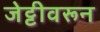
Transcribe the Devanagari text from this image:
जेट्टीवरून